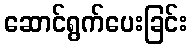
ဆောင်ရွက်ပေးခြင်း